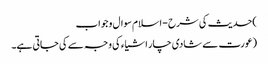
)حدیث کی شرح - اسلام سوال و جواب
(عورت سے شادی چار اشیاء کی وجہ سے کی جاتی ہے۔